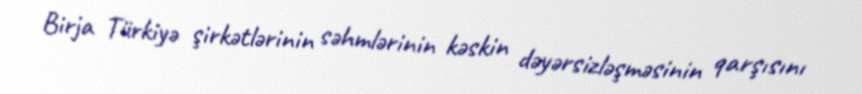
Birja Türkiyə şirkətlərinin səhmlərinin kəskin dəyərsizləşməsinin qarşısını